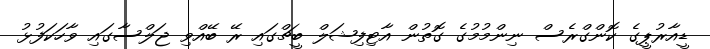
ޑީއާރުޕީގެ ކޮންގްރެސް ނިންމުމުގެ ގޮތުން އާޓިފިޝަލް ބީޗްގައި ރޭ ބޭއްވި ޖަލްސާގައި ވާހަކަފުޅު